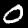
Digit: 0